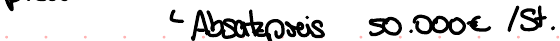
Absatzpreis 50.000€ / St.